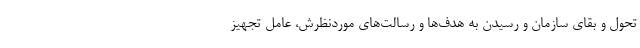
تحول و بقای سازمان و رسیدن به هدف‌ها و رسالت‌های موردنظرش، عامل تجهیز